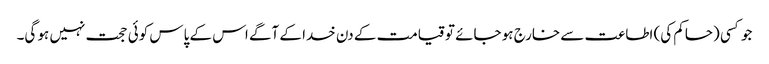
جو کسی (حاکم کی) اطاعت سے خارج ہو جائے تو قیامت کے دن خدا کے آگے اس کے پاس کوئی حجت نہیں ہو گی۔